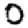
Digit: 0